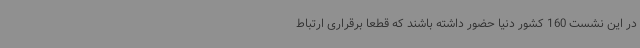
در این نشست 160 کشور دنیا حضور داشته باشند که قطعا برقراری ارتباط